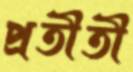
প্রতীতী